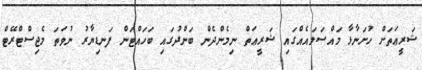
ޝަރީޢަތަށް ހުށަނާޅާ މައްސަލައެއްގައި ޝަރީޢަތް ނިމެންދެން ބަންދުގައި ބަހައްޓަން ފަނޑިޔާރު ނުވަތަ މެޖިސްޓްރޭޓް